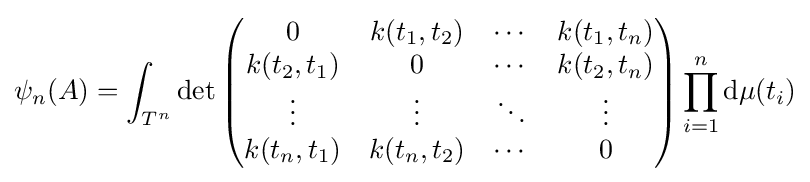
\psi _{n}(A)=\int _{T^{n}}\operatorname {det} {\begin{pmatrix}0&k(t_{1},t_{2})&\cdots &k(t_{1},t_{n})\\k(t_{2},t_{1})&0&\cdots &k(t_{2},t_{n})\\\vdots &\vdots &\ddots &\vdots \\k(t_{n},t_{1})&k(t_{n},t_{2})&\cdots &0\end{pmatrix}}\prod \limits _{i=1}^{n}\mathrm {d} \mu (t_{i})